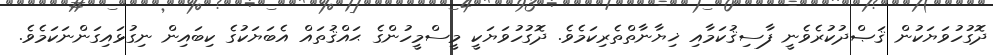
ދޮގުހުވަޔަކުން ޤަޞްދުކުރެވެނީ ފާސިޤުކަމާއި ޚިޔާނާތްތެރިކަމެވެ. ދޮގުހުވަޔަކީ މީސްމީހުންގެ ޙައްޤުތައް އެބަޔަކުގެ ކިބައިން ނިގުޅައިގަންނަކަމެވެ.